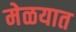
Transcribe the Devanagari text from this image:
मेळयात